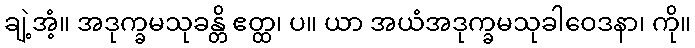
ချဲ့အံ့။ အဒုက္ခမသုခန္တိ ဧတ္ထ၊ ပ။ ယာ အယံအဒုက္ခမသုခါဝေဒနာ၊ ကို။